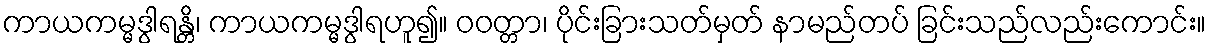
ကာယကမ္မဒွါရန္တိ၊ ကာယကမ္မဒွါရဟူ၍။ ဝဝတ္တာ၊ ပိုင်းခြားသတ်မှတ် နာမည်တပ် ခြင်းသည်လည်းကောင်း။